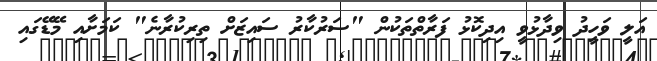
އަލީ ވަހީދު ވިދާޅުވީ އިދިކޮޅު ފަރާތްތަކުން "ސަރުކާރު ސައިޒަށް ތިރިކުރާނެ" ކަމަށާއި މޭޑޭގައި